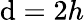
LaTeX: \mathrm{d}=2h